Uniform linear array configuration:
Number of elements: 16
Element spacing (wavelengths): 0.75
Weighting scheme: exponential
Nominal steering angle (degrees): -60
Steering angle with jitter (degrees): -60.138
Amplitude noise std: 0.05
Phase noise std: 0.05

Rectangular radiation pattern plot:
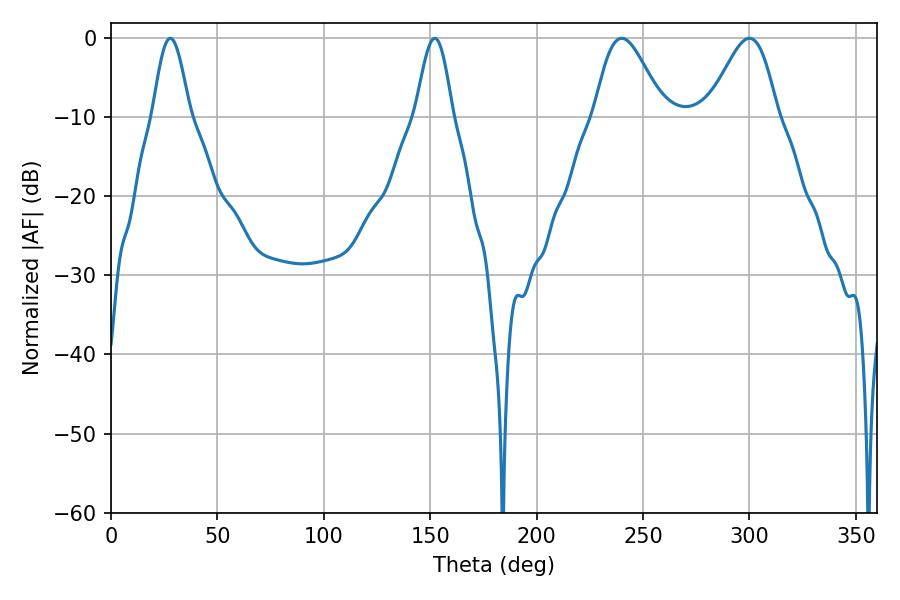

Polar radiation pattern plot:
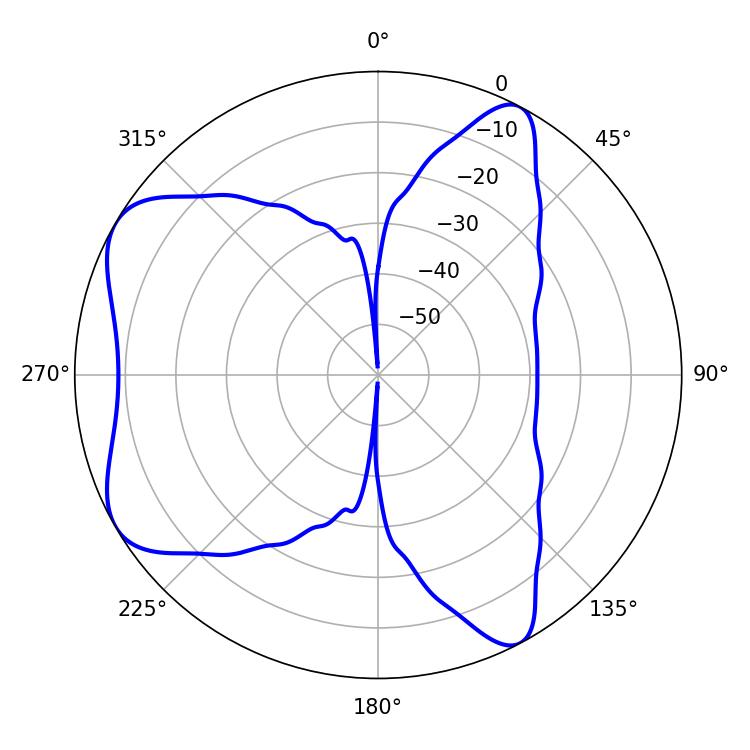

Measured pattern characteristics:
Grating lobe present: TRUE
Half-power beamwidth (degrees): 17.1
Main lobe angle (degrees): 300.06